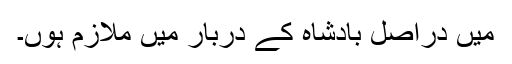
میں دراصل بادشاہ کے دربار میں ملازم ہوں۔